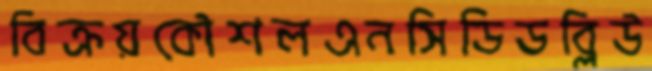
বিক্রয়কৌশলএনসিডিডব্লিউ